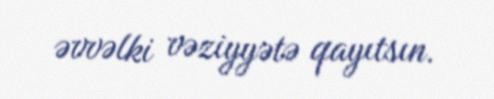
əvvəlki vəziyyətə qayıtsın.